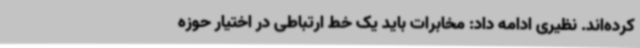
کرده‌اند. نظیری ادامه داد: مخابرات باید یک خط ارتباطی در اختیار حوزه